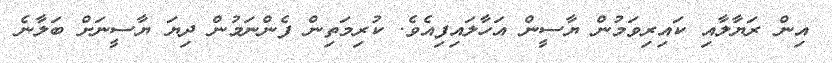
އިން ރަޔާލާއި ކައިރިވަމުން ޔާސީން އަހާލައިފިއެވެ. ކުރިމަތިން ފެންނަމުން ދިޔަ ޔާސީނަށް ބަލާނެ